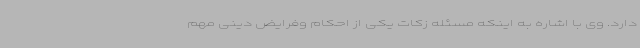
دارد. وی با اشاره به اینکه مسئله زکات یکی از احکام وفرایض دینی مهم